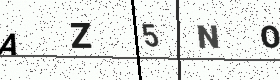
Text: AZ5NO